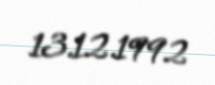
13.12.1992